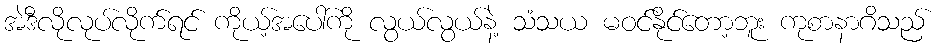
အဲဒီလိုလုပ်လိုက်ရင် ကိုယ့်အပေါ်ကို လွယ်လွယ်နဲ့ သံသယ မဝင်နိုင်တော့ဘူး ကုစာနာဂိသည်